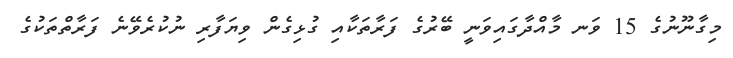
މިގާނޫނުގެ 15 ވަނ މާއްދާގައިވަނީ ބޭރުގެ ފަރާތަކާއި ގުޅިގެން ވިޔަފާރި ނުކުރެވޭނެ ފަރާތްތަކުގެ